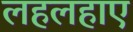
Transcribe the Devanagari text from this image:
लहलहाए